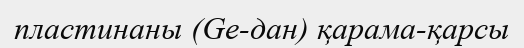
пластинаны (Ge-дан) қарама-қарсы